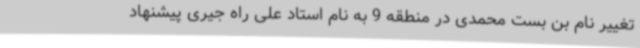
تغییر نام بن بست محمدی در منطقه 9 به نام استاد علی راه جیری پیشنهاد